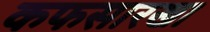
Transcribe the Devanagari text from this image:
कफसारखा